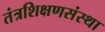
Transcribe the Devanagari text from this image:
तंत्रशिक्षणसंस्था